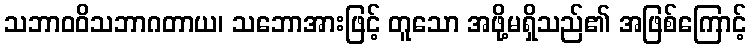
သဘာဝဝိသဘာဂတာယ၊ သဘောအားဖြင့် တူသော အဖို့မရှိသည်၏ အဖြစ်ကြောင့်